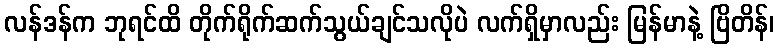
လန်ဒန်က ဘုရင်ထိ တိုက်ရိုက်ဆက်သွယ်ချင်သလိုပဲ လက်ရှိမှာလည်း မြန်မာနဲ့ ဗြိတိန်၊